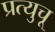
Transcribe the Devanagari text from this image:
प्रत्युचू